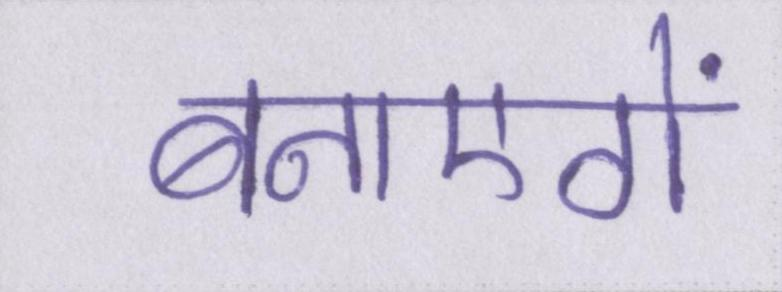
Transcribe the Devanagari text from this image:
बनाएगें